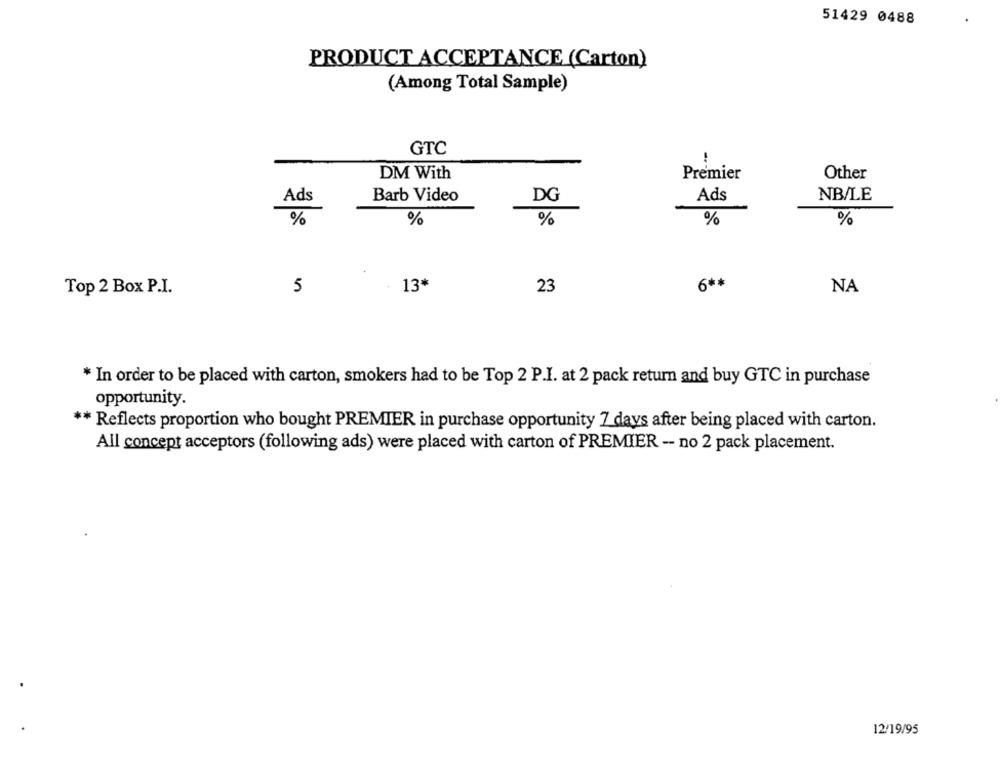
51429 0488
PRODUCT ACCEPTANCE (Carton)
(Among Total Sample)
GTC
DM With
Premier
Other
Ads
Barb Video
DG
Ads
NB/LE
%
%
%
%
%
Top 2 Box P.I.
5
13*
23
6 **
NA
* In order to be placed with carton, smokers had to be Top 2 P.I. at 2 pack return and buy GTC in purchase
opportunity.
** Reflects proportion who bought PREMIER in purchase opportunity 7 days after being placed with carton.
All concept acceptors (following ads) were placed with carton of PREMIER - no 2 pack placement.
12/19/95